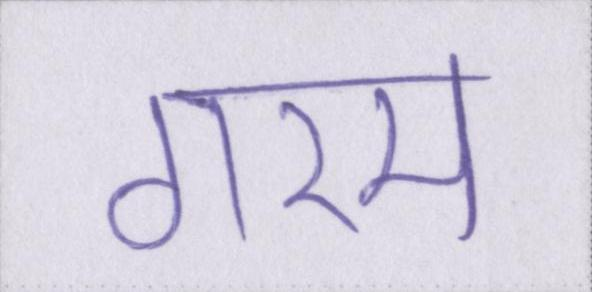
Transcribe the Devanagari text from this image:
गरम